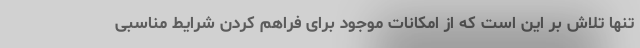
تنها تلاش بر این است که از امکانات موجود برای فراهم کردن شرایط مناسبی